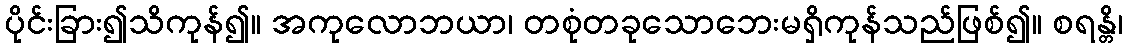
ပိုင်းခြား၍သိကုန်၍။ အကုလောဘယာ၊ တစုံတခုသောဘေးမရှိကုန်သည်ဖြစ်၍။ စရန္တိ၊